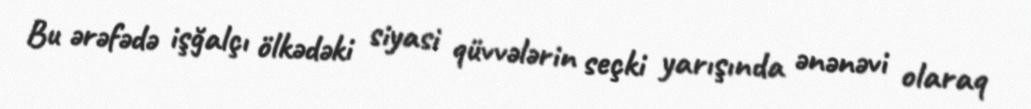
Bu ərəfədə işğalçı ölkədəki siyasi qüvvələrin seçki yarışında ənənəvi olaraq